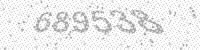
Solution: 689538